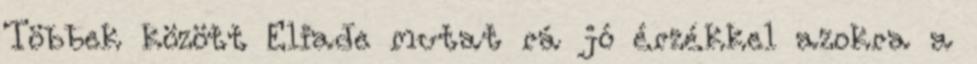
Többek között Eliade mutat rá jó érzékkel azokra a